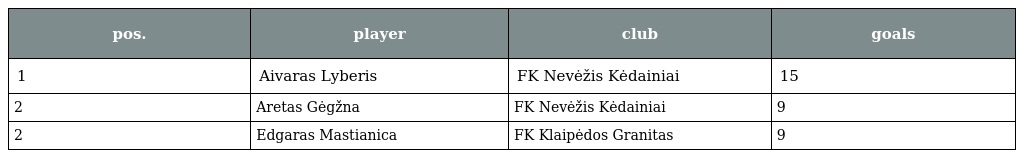
| pos. | player | club | goals |
 | --- | --- | --- | --- |
 | 1 | Aivaras Lyberis | FK Nevėžis Kėdainiai | 15 |
 | 2 | Aretas Gėgžna | FK Nevėžis Kėdainiai | 9 |
 | 2 | Edgaras Mastianica | FK Klaipėdos Granitas | 9 |